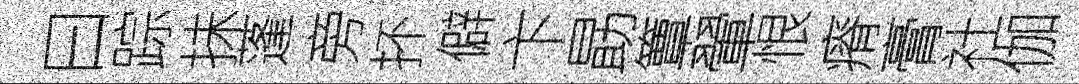
曰踪抺蓬旁抔僻卞勗簟翬恨瘠膏社伽